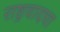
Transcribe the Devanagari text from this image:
राष्ट्रवादचा